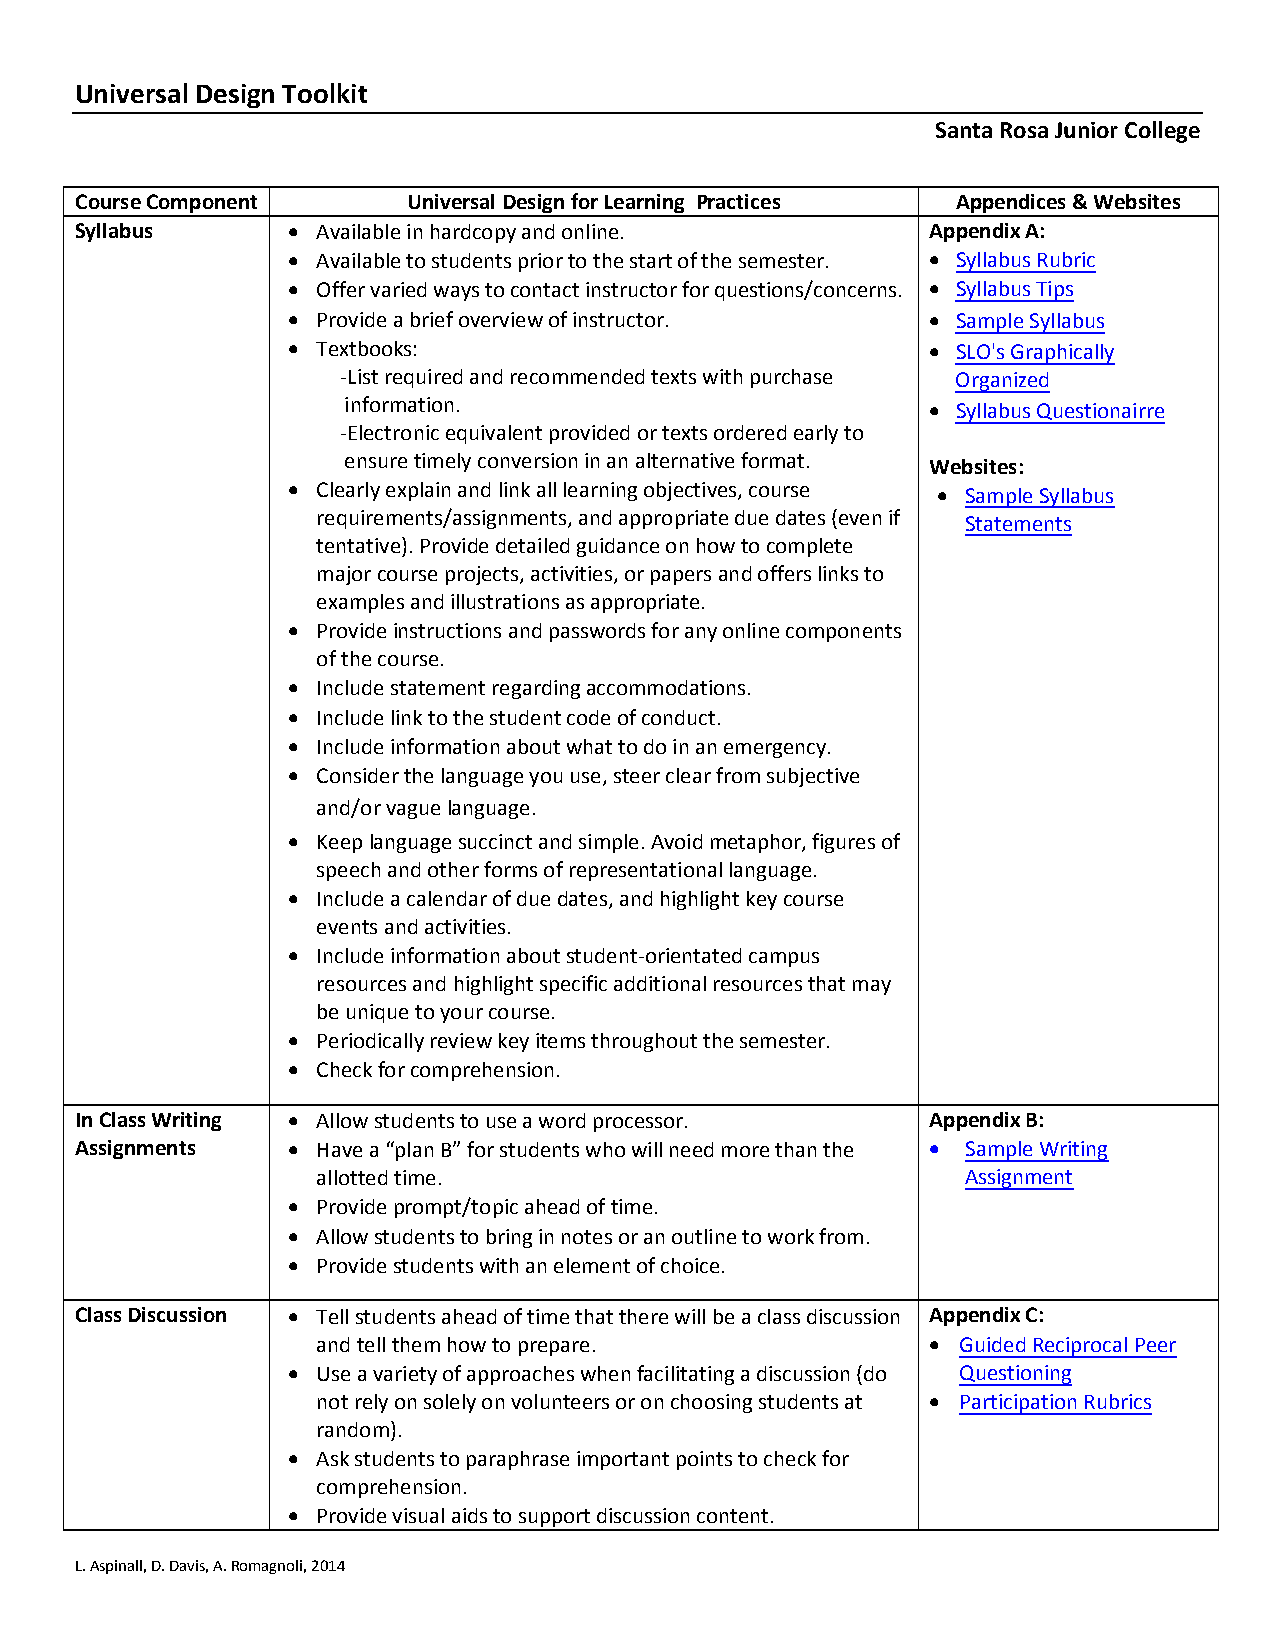
Universal Design Toolkit
 Santa Rosa Junior College
 Course Component      Universal Design for Learning Practices Appendices & Websites
 Syllabus      • Available in hardcopy and online.        Appendix A:
 • Available to students prior to the start of the semester. • Syllabus Rubric
 • Offer varied ways to contact instructor for questions/concerns. • Syllabus Tips
 • Provide a brief overview of instructor.  • Sample Syllabus
 • Textbooks:                               • SLO's Graphically
 -List required and recommended texts with purchase Organized
 information.                           • Syllabus Questionairre
 -Electronic equivalent provided or texts ordered early to
 ensure timely conversion in an alternative format. Websites:
 • Clearly explain and link all learning objectives, course • Sample Syllabus
 requirements/assignments, and appropriate due dates (even if Statements
 tentative). Provide detailed guidance on how to complete
 major course projects, activities, or papers and offers links to
 examples and illustrations as appropriate.
 • Provide instructions and passwords for any online components
 of the course.
 • Include statement regarding accommodations.
 • Include link to the student code of conduct.
 • Include information about what to do in an emergency.
 • Consider the language you use, steer clear from subjective
 and/or vague language.
 • Keep language succinct and simple. Avoid metaphor, figures of
 speech and other forms of representational language.
 • Include a calendar of due dates, and highlight key course
 events and activities.
 • Include information about student-orientated campus
 resources and highlight specific additional resources that may
 be unique to your course.
 • Periodically review key items throughout the semester.
 • Check for comprehension.
 In Class Writing • Allow students to use a word processor. Appendix B:
 Assignments   • Have a “plan B” for students who will need more than the • Sample Writing
 allotted time.                             Assignment
 • Provide prompt/topic ahead of time.
 • Allow students to bring in notes or an outline to work from.
 • Provide students with an element of choice.
 Class Discussion • Tell students ahead of time that there will be a class discussion Appendix C:
 and tell them how to prepare.            • Guided Reciprocal Peer
 • Use a variety of approaches when facilitating a discussion (do Questioning
 not rely on solely on volunteers or on choosing students at • Participation Rubrics
 random).
 • Ask students to paraphrase important points to check for
 comprehension.
 • Provide visual aids to support discussion content.
 L. Aspinall, D. Davis, A. Romagnoli, 2014